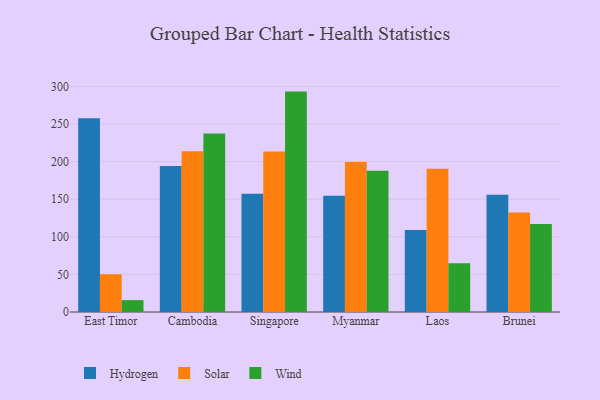
{"axis": {"x": "Country", "y": "Headcount"}, "legend": ["Hydrogen", "Solar", "Wind"], "data": [{"x": "East Timor", "y": 257.8, "type": "Hydrogen"}, {"x": "East Timor", "y": 50.2, "type": "Solar"}, {"x": "East Timor", "y": 15.8, "type": "Wind"}, {"x": "Cambodia", "y": 194.0, "type": "Hydrogen"}, {"x": "Cambodia", "y": 213.7, "type": "Solar"}, {"x": "Cambodia", "y": 237.3, "type": "Wind"}, {"x": "Singapore", "y": 157.3, "type": "Hydrogen"}, {"x": "Singapore", "y": 213.3, "type": "Solar"}, {"x": "Singapore", "y": 293.1, "type": "Wind"}, {"x": "Myanmar", "y": 154.7, "type": "Hydrogen"}, {"x": "Myanmar", "y": 199.4, "type": "Solar"}, {"x": "Myanmar", "y": 187.9, "type": "Wind"}, {"x": "Laos", "y": 108.9, "type": "Hydrogen"}, {"x": "Laos", "y": 190.4, "type": "Solar"}, {"x": "Laos", "y": 64.8, "type": "Wind"}, {"x": "Brunei", "y": 155.8, "type": "Hydrogen"}, {"x": "Brunei", "y": 132.4, "type": "Solar"}, {"x": "Brunei", "y": 117.1, "type": "Wind"}]}